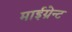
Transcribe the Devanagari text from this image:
माईग्रेन्ट